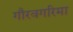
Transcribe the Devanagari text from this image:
गौरवगरिमा